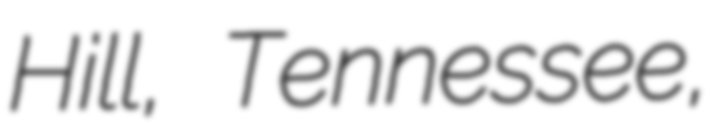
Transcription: Hill, Tennessee,